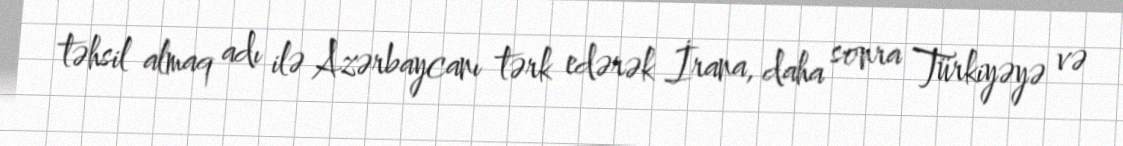
təhsil almaq adı ilə Azərbaycanı tərk edərək İrana, daha sonra Türkiyəyə və